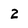
Character: 2